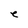
Character: e